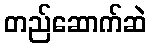
တည်ဆောက်ဆဲ